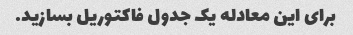
برای این معادله یک جدول فاکتوریل بسازید.